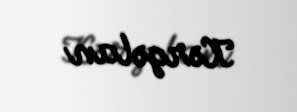
Kərgəlan